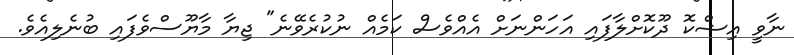
ނާވީ އިޝްކޮ ދޫކޮށްލާފައި އަހަންނަށް އެއްވެސް ކަމެއް ނުކުރެވޭނެ" ޖިޔާ މާޔޫސްވެފައި ބުނެލިއެވެ.